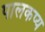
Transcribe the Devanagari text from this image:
पालकप्य